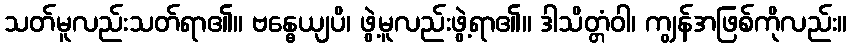
သတ်မူလည်းသတ်ရာ၏။ ဗန္ဓေယျပိ၊ ဖွဲ့မူလည်းဖွဲ့ရာ၏။ ဒါသိတ္တံဝါ၊ ကျွန်အဖြစ်ကိုလည်း။